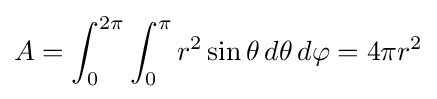
A=\int _{0}^{2\pi }\int _{0}^{\pi }r^{2}\sin \theta \,d\theta \,d\varphi =4\pi r^{2}